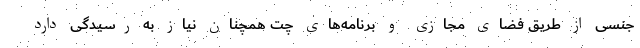
جنسی از طریق فضای مجازی و برنامه‌های چت همچنان نیاز به رسیدگی دارد